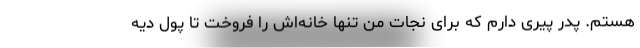
هستم. پدر پیری دارم که برای نجات من تنها خانه‌اش را فروخت تا پول دیه